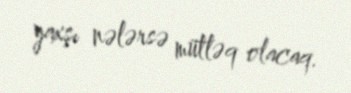
yaxşı nələrsə mütləq olacaq.